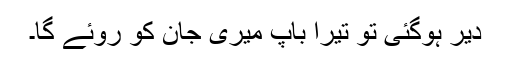
دیر ہوگئی تو تیرا باپ میری جان کو روئے گا۔